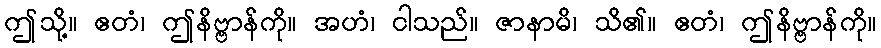
ဤသို့။ ဧတံ၊ ဤနိဗ္ဗာန်ကို။ အဟံ၊ ငါသည်။ ဇာနာမိ၊ သိ၏။ ဧတံ၊ ဤနိဗ္ဗာန်ကို။